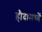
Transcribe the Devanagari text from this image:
हौदामध्यें